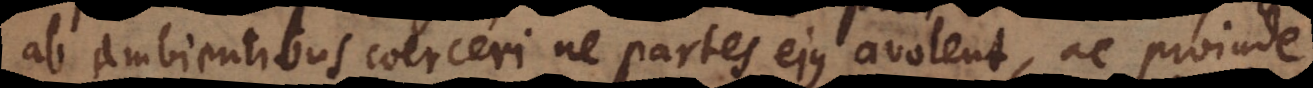
ab ambientibus coerceri ne partes ejus avolent, ac proinde